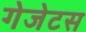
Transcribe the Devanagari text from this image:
गेजेटस